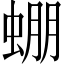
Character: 𧌇